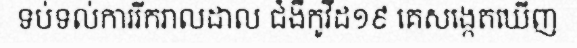
ទប់ទល់ការរីករាលដាល ជំងឺកូវីដ១៩ គេសង្កេតឃើញ